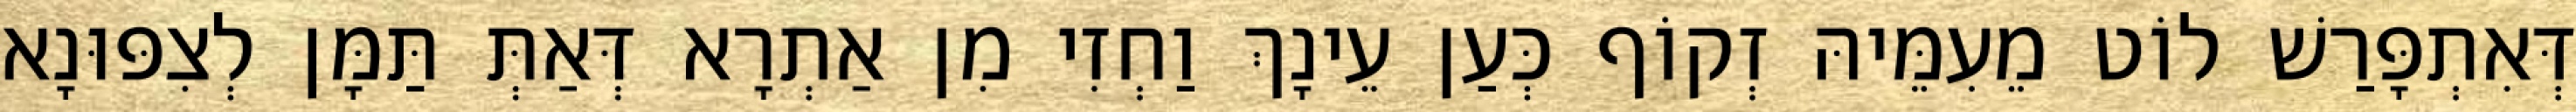
דְּאִתְפָּרַשׁ לוֹט מֵעִמֵּיהּ זְקוֹף כְּעַן עֵינָךְ וַחְזִי מִן אַתְרָא דְּאַתְּ תַּמָּן לְצִפּוּנָא